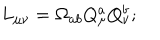
L _ { \mu \nu } = \Omega _ { a b } Q _ { \mu } ^ { a } Q _ { \nu } ^ { b } ;